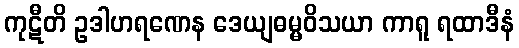
ကုဋီတိ ဥဒါဟရဏေန ဒေယျဓမ္မဝိသယာ ကာရူ ရထာဒီနံ